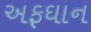
અફઘાન